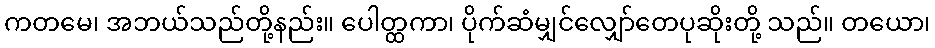
ကတမေ၊ အဘယ်သည်တို့နည်း။ ပေါတ္ထကာ၊ ပိုက်ဆံမျှင်လျှော်တေပုဆိုးတို့ သည်။ တယော၊